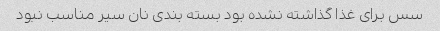
سس برای غذا گذاشته نشده بود بسته بندی نان سیر مناسب نبود